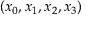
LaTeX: ( x _ { 0 } , x _ { 1 } , x _ { 2 } , x _ { 3 } )